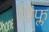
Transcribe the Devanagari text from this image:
तिफ्ल